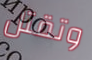
وتقتل